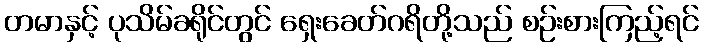
တမာနှင့် ပုသိမ်ခရိုင်တွင် ရှေးခေတ်ဂရိတို့သည် စဉ်းစားကြည့်ရင်